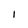
Character: I